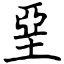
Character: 堊